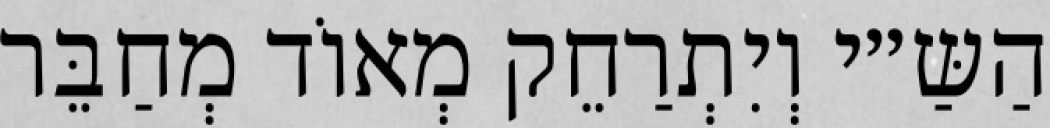
הַשַּ״י וְיִתְרַחֵק מְאוֹד מְחַבֵּר